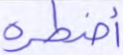
أضطره